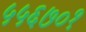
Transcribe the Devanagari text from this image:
५५६७०१